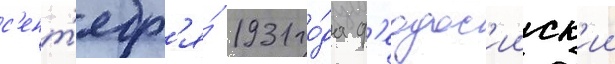
с'ент'ябр'я́ 1931 го́да ф'еодос'ииск'ии